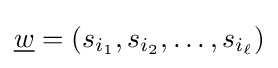
{\underline {w}}=(s_{i_{1}},s_{i_{2}},\ldots ,s_{i_{\ell }})